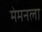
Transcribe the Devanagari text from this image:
मेमनला